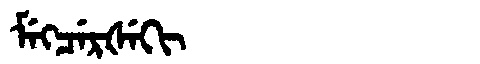
Manchu: ᠮᡝᡴᠴᡝᡵᡧᡝᡴᡳ
Romanization: MEKCERŠEKI